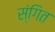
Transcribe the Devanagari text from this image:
स्ंगित